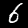
Label: 6